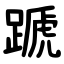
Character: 蹏